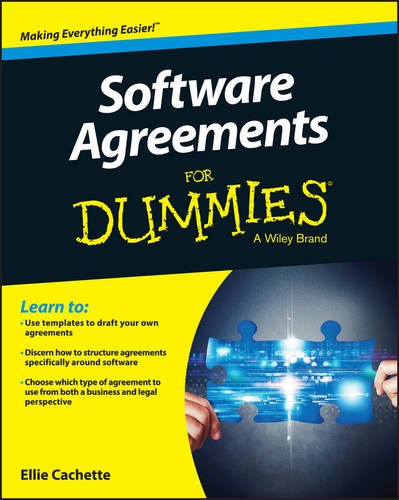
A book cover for Software Agreements For Dummies; Ellie Cachette; Law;